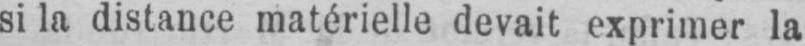
si la distance matérielle devait exprimer la